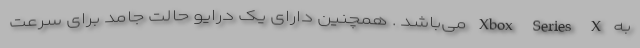
به Xbox Series X می‌باشد . همچنین دارای یک درایو حالت جامد برای سرعت